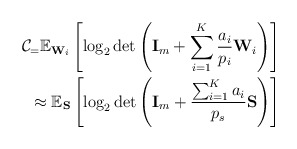
\begin{align*}\mathcal{C}_=\mathbb{E}_{\mathbf{W}_i}\left[\log_2 \det\left(\mathbf{I}_{m}+ \sum_{i=1}^K \frac{a_i}{p_i}\mathbf{W}_{i}\right)\right]\\\approx\mathbb{E}_{\mathbf{S}}\left[\log_2 \det\left(\mathbf{I}_{m}+ \frac{\sum^K_{i=1} a_i}{p_s} \mathbf{S}\right)\right]\end{align*}